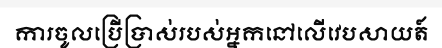
ការចូលប្រើប្រាស់របស់អ្នកនៅលើវេបសាយត៍